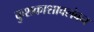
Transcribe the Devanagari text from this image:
कुशकाशावलंबन